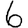
Digit: 6